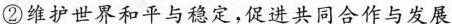
②维护世界和平与稳定，促进共同合作与发展